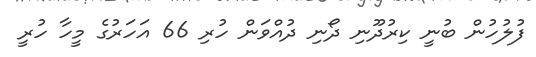
ފުލުހުން ބުނީ ކިރުދޫނި ދޯނި ދުއްވަން ހުރި 66 އަހަރުގެ މީހާ ހުރީ